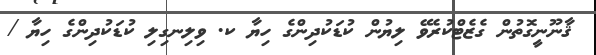
ޤާނޫނީގޮތުން ގެޒެޓްކުރެވޭ ލިޔުން ކުޑަކުދިންގެ ހިޔާ ކ. ވިލިނގިލި ކުޑަކުދިންގެ ހިޔާ /